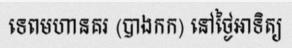
ទេពមហានគរ (បាងកក) នៅថ្ងៃអាទិត្យ